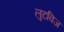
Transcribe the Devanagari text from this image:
लुटविज